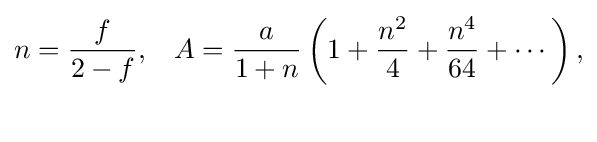
{\begin{aligned}n&={\frac {f}{2-f}},&A&={\frac {a}{1+n}}\left(1+{\frac {n^{2}}{4}}+{\frac {n^{4}}{64}}+\cdots \right),\\{}\end{aligned}}